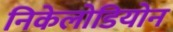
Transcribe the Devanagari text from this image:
निकेलोडियोन